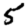
Digit: 5